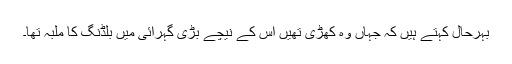
بہرحال کہتے ہیں کہ جہاں وہ کھڑی تھیں اس کے نیچے بڑی گہرائی میں بلڈنگ کا ملبہ تھا۔